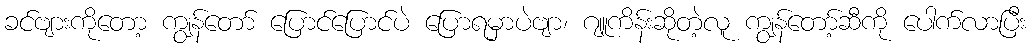
ခင်ဗျားကိုတော့ ကျွန်တော် ပြောင်ပြောင်ပဲ ပြောရမှာပဲဗျာ၊ ဂျူကိန်းဆိုတဲ့လူ ကျွန်တော့်ဆီကို ပေါက်လာပြီး